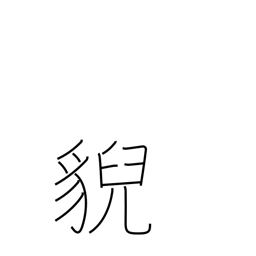
Meaning: wild beast